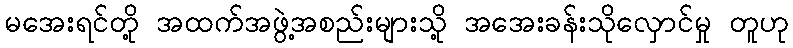
မအေးရင်တို့ အထက်အဖွဲ့အစည်းများသို့ အအေးခန်းသိုလှောင်မှု တူဟု